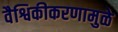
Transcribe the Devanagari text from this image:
वैश्विकीकरणामुळे